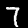
Digit: 7